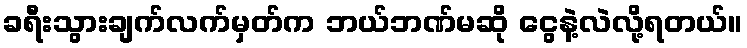
ခရီးသွားချက်လက်မှတ်က ဘယ်ဘဏ်မဆို ငွေနဲ့လဲလို့ရတယ်။